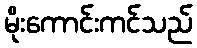
မိုးကောင်းကင်သည်